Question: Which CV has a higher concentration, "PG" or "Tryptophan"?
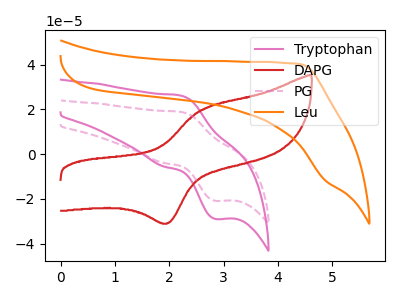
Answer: <think>The pink curve "Tryptophan" has an anodic peak at (2.20V, 26.15uA) and a cathodic peak at (2.85V, -29.05uA). The red curve "DAPG" has an anodic peak at (2.60V, 19.65uA) and a cathodic peak at (2.00V, -30.90uA). The pink dashed curve "PG" has an anodic peak at (2.20V, 18.85uA) and a cathodic peak at (2.85V, -20.90uA). The orange curve "Leu" has no peaks.
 All the peaks in "PG" have a peak in "Tryptophan" at the same potential. Every peak in "PG" is lower than every peak in "Tryptophan".</think>
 <answer>"PG" has less signal than "Tryptophan" and so likely has a lower concentration.</answer>
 <eval>less_concentration</eval>